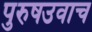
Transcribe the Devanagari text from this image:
पुरुषउवाच